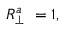
R _ { \perp } ^ { a } \ = 1 ,